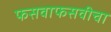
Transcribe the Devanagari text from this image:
फसवाफसवीचा